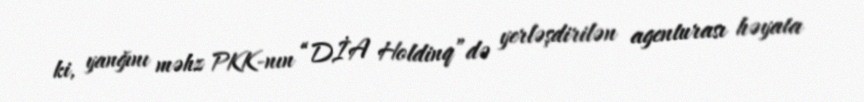
ki, yanğını məhz PKK-nın “DİA Holdinq”də yerləşdirilən agenturası həyata